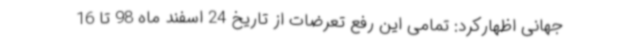
جهانی اظهارکرد: تمامی این رفع تعرضات از تاریخ 24 اسفند ماه 98 تا 16